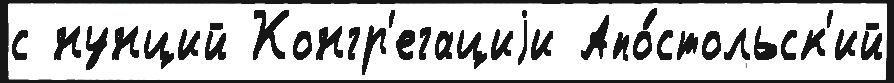
с нунций Конгр'егациjи Апо́стольск'ий